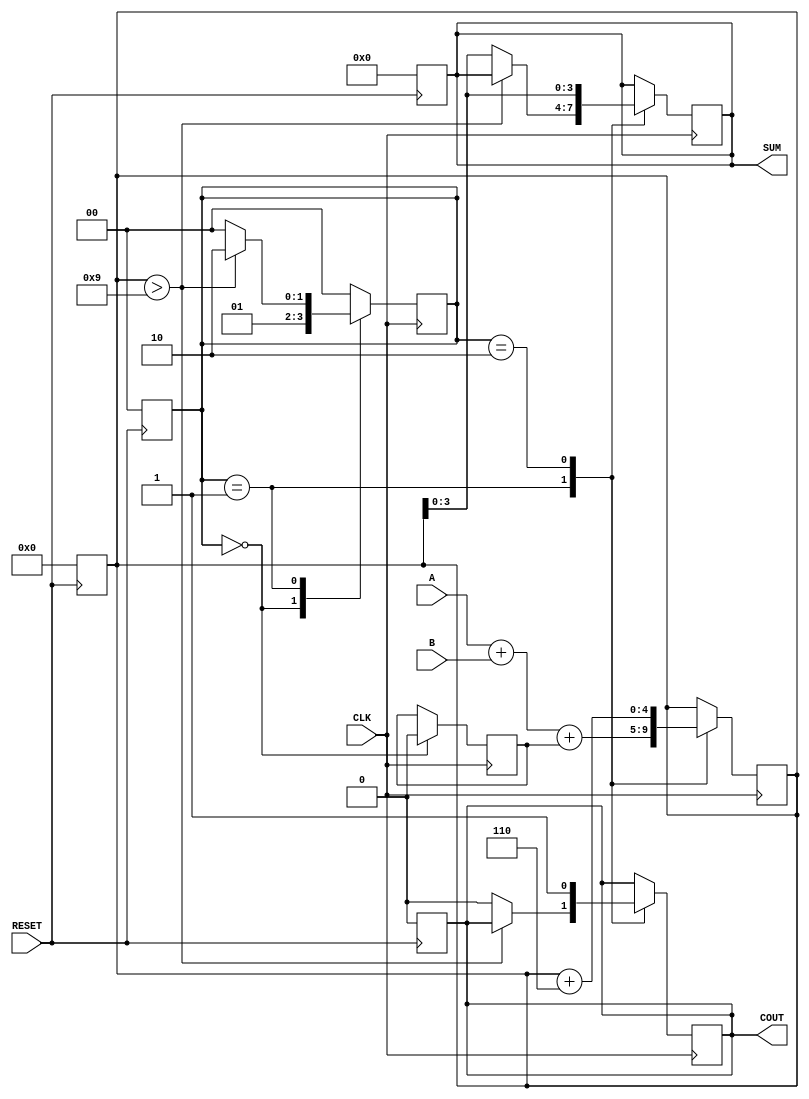
module BCD_Sequential_Adder (
    input  wire [3:0] A,       // First BCD digit
    input  wire [3:0] B,       // Second BCD digit
    input  wire CLK,           // Clock signal
    input  wire RESET,         // Asynchronous reset
    output reg  [3:0] SUM,     // BCD sum output
    output reg  COUT           // Carry-out signal
);

    // Internal signals
    reg [4:0] TEMP_SUM;         // 5-bit register to hold intermediate sum
    reg [1:0] STATE;            // State register
    reg C_IN;                   // Carry input from previous addition

    // State definitions
    localparam IDLE = 2'b00;
    localparam ADDING = 2'b01;
    localparam ADJUSTING = 2'b10;

    // Asynchronous reset
    always @(posedge RESET) begin
        SUM <= 4'b0000;
        COUT <= 1'b0;
        TEMP_SUM <= 5'b00000;
        STATE <= IDLE;
    end

    // Sequential logic on clock edge
    always @(posedge CLK) begin
        case (STATE)
            IDLE: begin
                // Initialize carry input and move to ADDING state
                C_IN <= 1'b0; // No carry initially
                STATE <= ADDING;
            end
            
            ADDING: begin
                // Perform addition
                TEMP_SUM <= A + B + C_IN;
                // Check if adjustment is needed
                if (TEMP_SUM > 9) begin
                    STATE <= ADJUSTING;
                end else begin
                    // No adjustment needed, assign SUM and COUT
                    SUM <= TEMP_SUM[3:0];
                    COUT <= 1'b0; // No carry out
                    STATE <= IDLE; // Go back to IDLE
                end
            end
            
            ADJUSTING: begin
                // Adjust the sum by adding 6
                TEMP_SUM <= TEMP_SUM + 5'b00110; // Add 6
                SUM <= TEMP_SUM[3:0]; // Assign adjusted sum
                COUT <= 1'b1; // Set carry out
                STATE <= IDLE; // Go back to IDLE
            end
            
            default: STATE <= IDLE; // Default case to handle unexpected states
        endcase
    end

endmodule